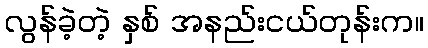
လွန်ခဲ့တဲ့ နှစ် အနည်းငယ်တုန်းက။